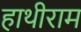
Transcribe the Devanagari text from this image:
हाथीराम